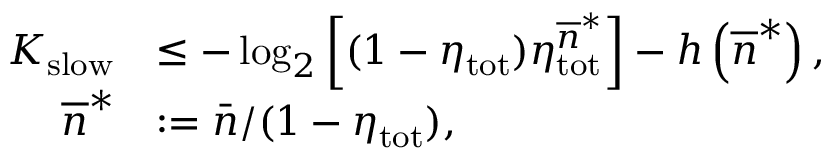
\begin{array} { r l } { K _ { \mathrm { s l o w } } } & { \leq - \log _ { 2 } \left[ ( 1 - \eta _ { \mathrm { t o t } } ) \eta _ { \mathrm { t o t } } ^ { \overline { { n } } ^ { \ast } } \right] - h \left( \overline { { n } } ^ { \ast } \right) , } \\ { \overline { { n } } ^ { \ast } } & { : = \bar { n } / ( 1 - \eta _ { \mathrm { t o t } } ) , } \end{array}